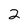
Character: 2